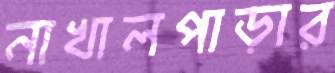
নাখালপাড়ার